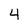
Character: 4